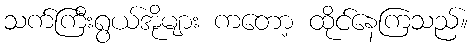
သက်ကြီးရွယ်အိုများ ကတော့ ထိုင်နေကြသည်။